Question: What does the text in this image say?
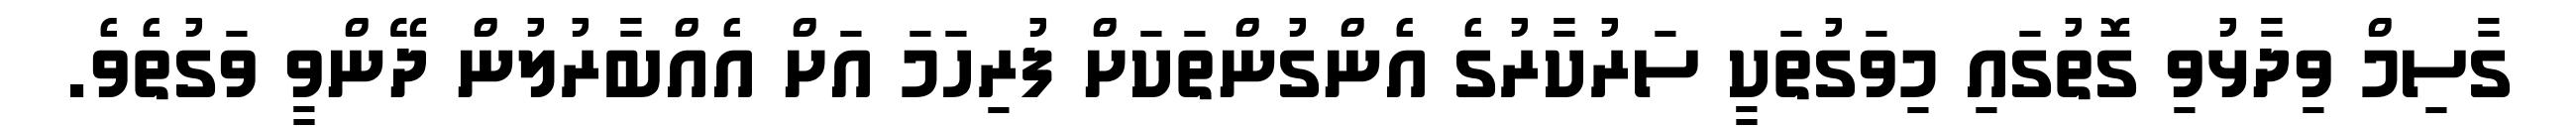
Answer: ގާސިމް ވިދާޅުވި ގޮތުގައި މިވަގުތަކީ ސަރުކާރުގެ އެންގުންތަކަށް ފުރިހަމަ އަށް އެއްބާރުލުން ދޭންވީ ވަގުތެވެ.